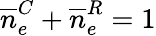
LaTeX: \overline{n}_{e}^{C}+\overline{n}_{e}^{R}=1